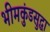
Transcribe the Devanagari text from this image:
भीमकुंडसुद्धा